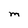
Character: M